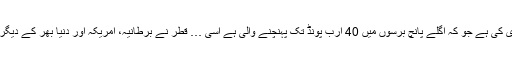
گزشتہ کئی برس میں قطر نے برطانیہ میں تقریباً 35 ارب پونڈ کی سرمایہ کاری کی ہے جو کہ اگلے پانچ برسوں میں 40 ارب پونڈ تک پہنچنے والی ہے اسی … قطر نے برطانیہ، امریکہ اور دنیا بھر کے دیگر ممالک میں 335 ارب ڈالر کی سرمایہ کاری کر رکھی ہے پڑھنا جاری رکھیں